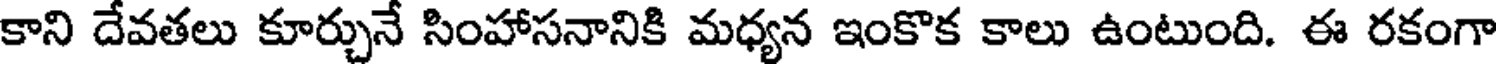
కాని దేవతలు కూర్చునే సింహాసనానికి మధ్యన ఇంకొక కాలు ఉంటుంది. ఈ రకంగా